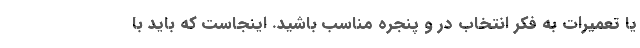
یا تعمیرات به فکر انتخاب در و پنجره مناسب باشید. اینجاست که باید با